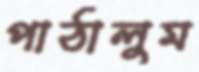
পাঠালুম